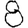
Digit: 8